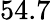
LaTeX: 54.7